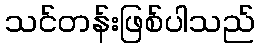
သင်တန်းဖြစ်ပါသည်